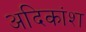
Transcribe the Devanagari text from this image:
अदिकांश